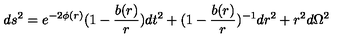
d s ^ { 2 } = e ^ { - 2 \phi ( r ) } ( 1 - \frac { b ( r ) } { r } ) d t ^ { 2 } + ( 1 - \frac { b ( r ) } { r } ) ^ { - 1 } d r ^ { 2 } + r ^ { 2 } d \Omega ^ { 2 }